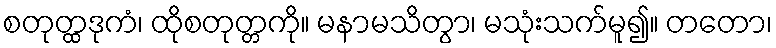
စတုတ္ထဒုကံ၊ ထိုစတုတ္တကို။ မနာမသိတွာ၊ မသုံးသက်မူ၍။ တတော၊